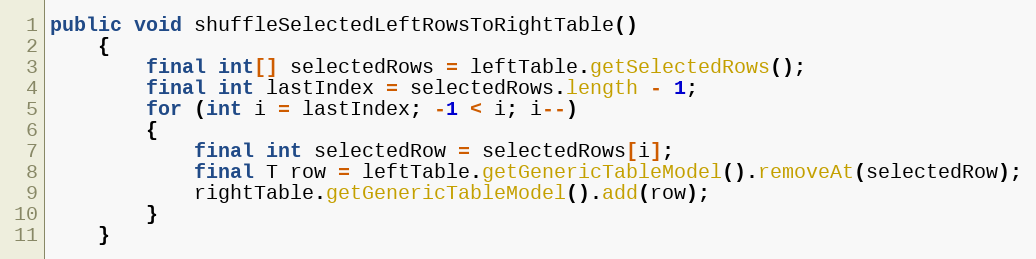
Language: Java
public void shuffleSelectedLeftRowsToRightTable()
	{
		final int[] selectedRows = leftTable.getSelectedRows();
		final int lastIndex = selectedRows.length - 1;
		for (int i = lastIndex; -1 < i; i--)
		{
			final int selectedRow = selectedRows[i];
			final T row = leftTable.getGenericTableModel().removeAt(selectedRow);
			rightTable.getGenericTableModel().add(row);
		}
	}